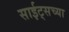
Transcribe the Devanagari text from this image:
साईट्सच्या